Papers set at the Examination for Leaving Certificates, 1890
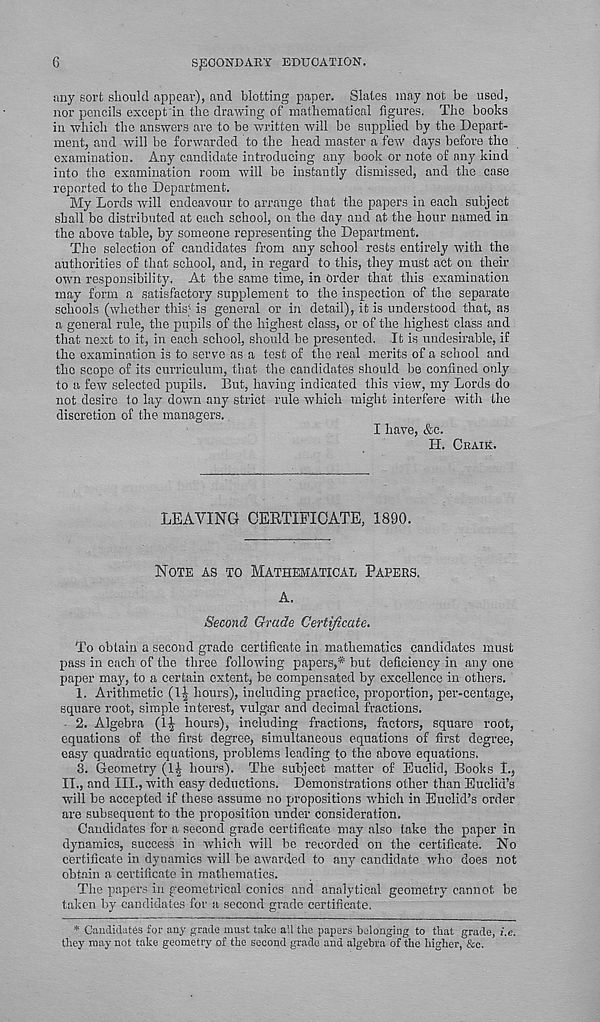
6
SECONDARY EDUCATION.
any sort should appear), and blotting paper. Slates may not be used,
nor pencils except in the drawing of mathematical figures. The books
in which the answers are to be written will be supplied by the Depart-
ment, and will be forwarded to the head master a few days before the
examination. Any candidate introducing any book or note of any kind
into the examination room will be instantly dismissed, and the case
reported to the Department.
My Lords will endeavour to arrange that the papers in each subject
shall be distributed at each school, on the day and at the hour named in
the above table, by someone representing the Department.
The selection of candidates from any school rests entirely with the
authorities of that school, and, in regard to this, they must act on then-
own responsibility. At the same time, in Order that this examination
may form a satisfactory supplement to the inspection of the separate
schools (whether this; ; is general or in detail), it is understood that, as
a general rule, the pupils of the highest class, or of the highest class and
that next to it, in each school, should be presented. It is undesirable, if
the examination is to serve as a test of the real merits of a school and
the scope of its curriculum, that the candidates should be confined only
to a few selected pupils. But, having indicated this view, my Lords do
not desire to lay down any strict rule which might interfere with the
discretion of the managers.
I have, &c.
H. CEAIK.
LEAVING CEKTIFICATE, 1890.
NOTE AS TO MATHEMATICAL PAPEES.
A.
Second Grade Certificate.
To obtain a second grade certificate in mathematics candidates must
pass in each of the three following papers,* but deficiency in any one
paper may, to a certain extent, be compensated by excellence in others.
1. Arithmetic (1^ hours), including practice, proportion, per-centage,
square root, simple interest, vulgar and decimal fractions.
2. Algebra (l-l- hours), including fractions, factors, square root,
equations of the first degree, simultaneous equations of first degree,
easy quadratic equations, problems leading to the above equations.
3. Geometry (I£ hours). The subject matter of Euclid, Books i. 5
IT., and III., with easy deductions. Demonstrations other than Euclid’s
will be accepted if these assume no propositions which in Euclid’s order
are subsequent to the proposition under consideration.
Candidates for a second grade certificate may also take the paper in
dynamics, success in which will be recorded on the certificate. No
certificate in dynamics will he awarded to any candidate who does not
obtain a certificate in mathematics.
The papers in geometrical conics and analytical geometry cannot be
taken by candidates for a second grade certificate.
* Candidates for any grade must take all the papers belonging to that grade, i.e.
they may not take geometry of the second grade and algebra of the higher, &e.